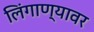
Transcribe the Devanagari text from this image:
लिंगाण्यावर